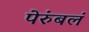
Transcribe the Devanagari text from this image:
पेरुंबलं